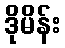
ဒိုမိန်း